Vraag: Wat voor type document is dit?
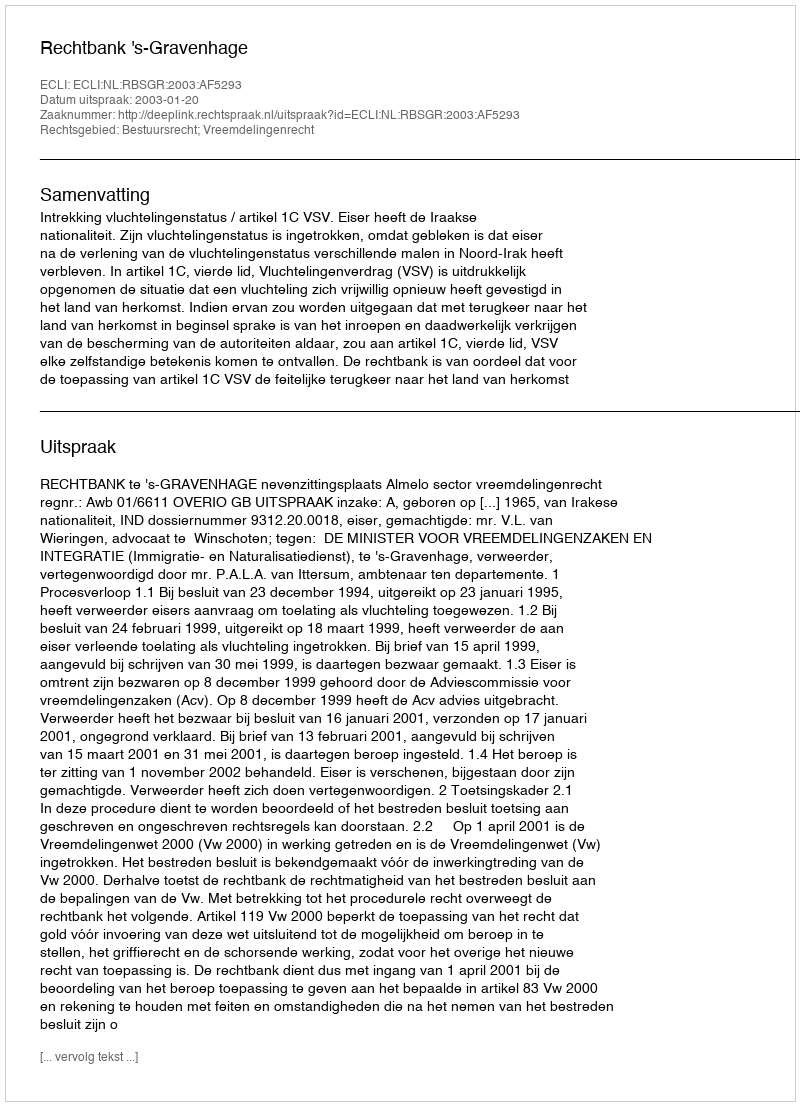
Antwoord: Uitspraak